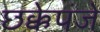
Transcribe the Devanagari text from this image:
छक्केपंजे